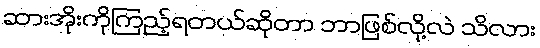
ဆားအိုးကိုကြည့်ရတယ်ဆိုတာ ဘာဖြစ်လို့လဲ သိလား